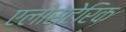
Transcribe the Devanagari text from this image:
एलोस्टेरिक